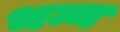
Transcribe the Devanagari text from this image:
भन्न